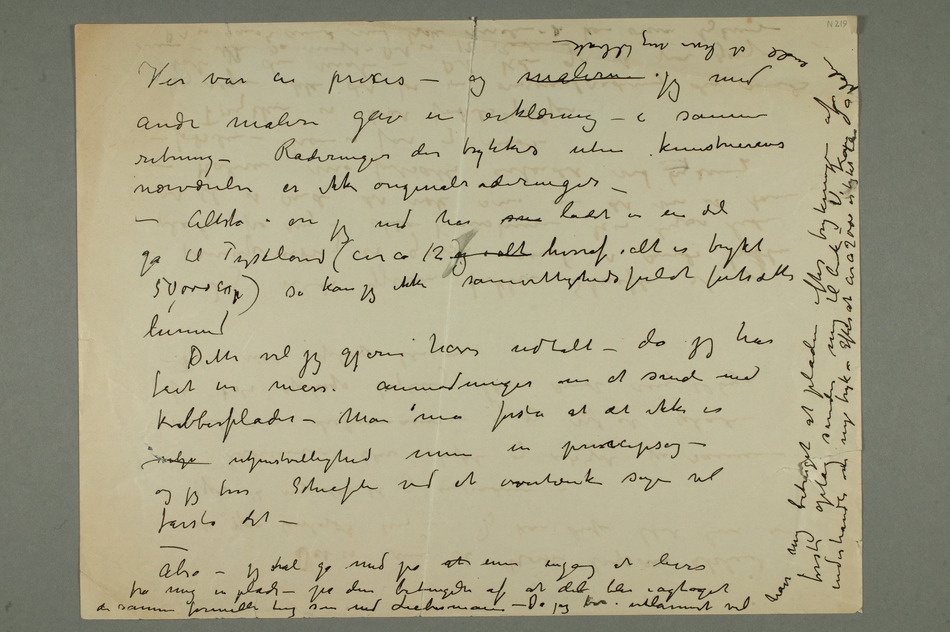
nærværelse er ikke originalraderinger –
50,000 Exp) så kan jeg ikke samvittighedsfuldt fortsætte hermed
uvilje utjenestvillighed men en principsag –
og jeg tror Schiefler ved at overtænke sagen vil forstå det –
– Alså – jeg skal gå med på at ennu engang at levere fra mig en plade
– på den betingelse af at det blir iagtaget de samme formelle ting som med Liebermann – Da jeg bor i